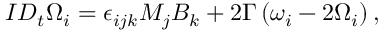
\begin{array} { r } { I D _ { t } \Omega _ { i } = \epsilon _ { i j k } M _ { j } B _ { k } + 2 \Gamma \left( \omega _ { i } - 2 \Omega _ { i } \right) , } \end{array}